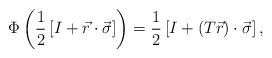
LaTeX: \begin{align*} \Phi\left(\frac1{2}\left[I+\vec{r}\cdot\vec{\sigma}\right]\right)=\frac1{2}\left[I+(T\vec{r})\cdot\vec{\sigma}\right],\end{align*}